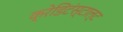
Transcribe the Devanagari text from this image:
क्रेडिटंस्टाल्ट